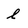
Character: l